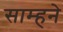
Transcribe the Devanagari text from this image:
साम्हने